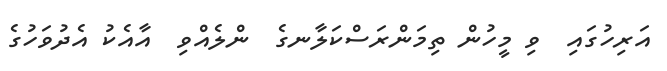
އަރިހުގައި  ވި މީހުން ތިމަންރަސްކަލާނގެ  ންލެއްވި  އާއެކު އެދުވަހުގެ